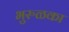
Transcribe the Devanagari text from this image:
भुरुळका